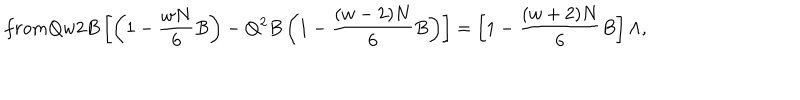
f r o m Q w 2 B \left[ \left( 1 - \frac { w N } { 6 } B \right) - Q ^ { 2 } B \left( 1 - \frac { ( w - 2 ) N } { 6 } B \right) \right] = \left[ 1 - \frac { ( w + 2 ) N } { 6 } B \right] \Lambda ,